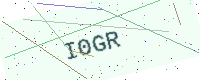
Text: I0GR